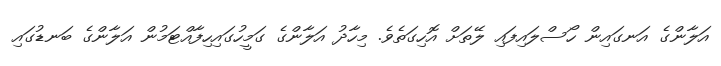
އަލާންގެ އަނގައިން ހޯސްލައިފައި ލޭތަށް އޮހިގަތެވެ. މިހާދު އަލާންގެ ގަމީހުގައިހިފާއްޓަމުން އަލާންގެ ބަނޑުގައި